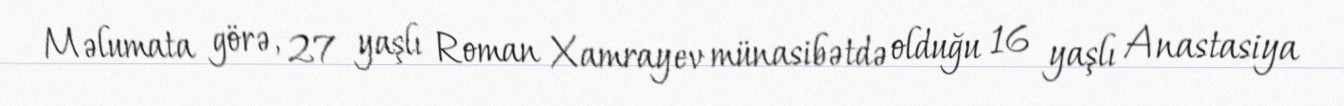
Məlumata görə, 27 yaşlı Roman Xamrayev münasibətdə olduğu 16 yaşlı Anastasiya